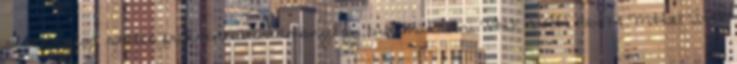
viszonylag széles frekvenciatartományban tud működni VHF URH 136-174 MHz, UHF